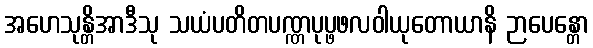
အဟေသုန္တိအာဒီသု သယံပတိတပဏ္ဏပုပ္ဖဖလဝါယုတောယာနိ ဉာပေန္တော